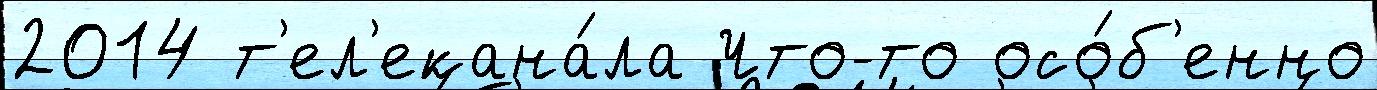
2014 т'ел'екана́ла Что-то осо́б'енно